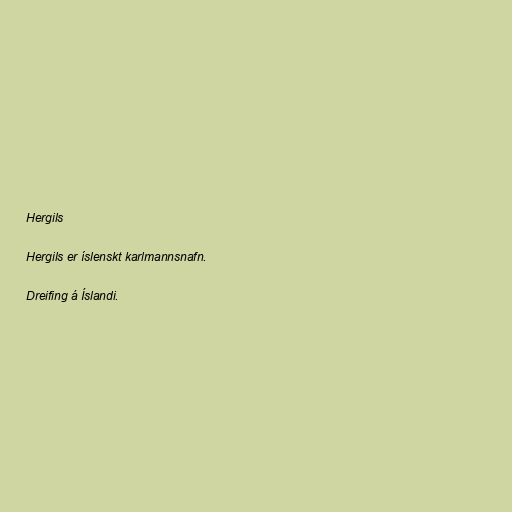
Hergils

Hergils er íslenskt karlmannsnafn.

Dreifing á Íslandi.